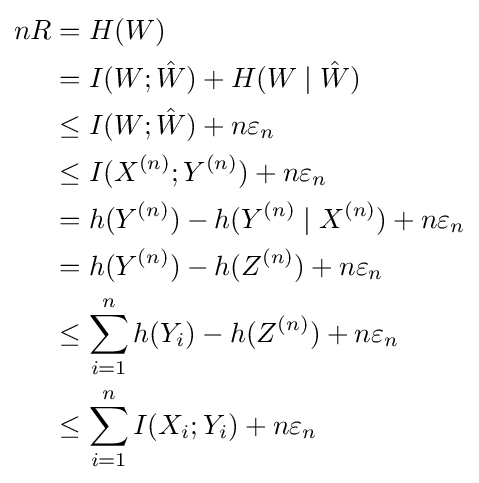
{\begin{aligned}nR&=H(W)\\&=I(W;{\hat {W}})+H(W\mid {\hat {W}})\\&\leq I(W;{\hat {W}})+n\varepsilon _{n}\\&\leq I(X^{(n)};Y^{(n)})+n\varepsilon _{n}\\&=h(Y^{(n)})-h(Y^{(n)}\mid X^{(n)})+n\varepsilon _{n}\\&=h(Y^{(n)})-h(Z^{(n)})+n\varepsilon _{n}\\&\leq \sum _{i=1}^{n}h(Y_{i})-h(Z^{(n)})+n\varepsilon _{n}\\&\leq \sum _{i=1}^{n}I(X_{i};Y_{i})+n\varepsilon _{n}\end{aligned}}